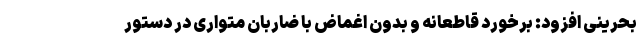
بحرینی افزود: برخورد قاطعانه و بدون اغماض با ضاربان متواری در دستور